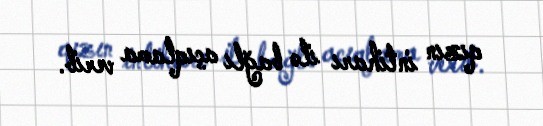
qızın intiharı ilə bağlı açıqlama verib.